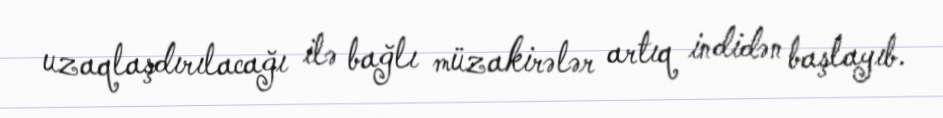
uzaqlaşdırılacağı ilə bağlı müzakirələr artıq indidən başlayıb.